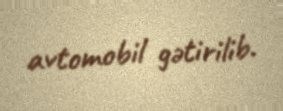
avtomobil gətirilib.